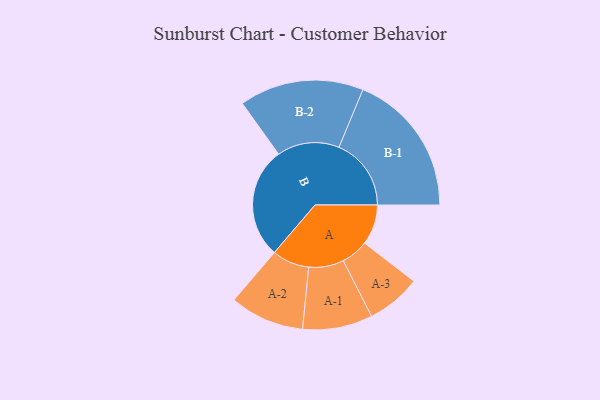
{"axis": {"x": "Segment", "y": "Value"}, "legend": ["", "A", "B"], "data": [{"x": "A", "y": 161, "type": ""}, {"x": "B", "y": 445, "type": ""}, {"x": "A-1", "y": 140, "type": "A"}, {"x": "A-2", "y": 149, "type": "A"}, {"x": "A-3", "y": 109, "type": "A"}, {"x": "B-1", "y": 289, "type": "B"}, {"x": "B-2", "y": 249, "type": "B"}]}